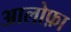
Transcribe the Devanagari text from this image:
आलोफ़ा